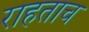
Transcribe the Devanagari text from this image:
राहताच